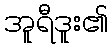
အူရီဒူး၏